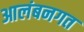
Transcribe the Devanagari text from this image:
आलंबनगत